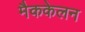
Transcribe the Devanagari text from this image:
मैककेलन